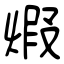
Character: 煆